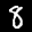
Label: 8